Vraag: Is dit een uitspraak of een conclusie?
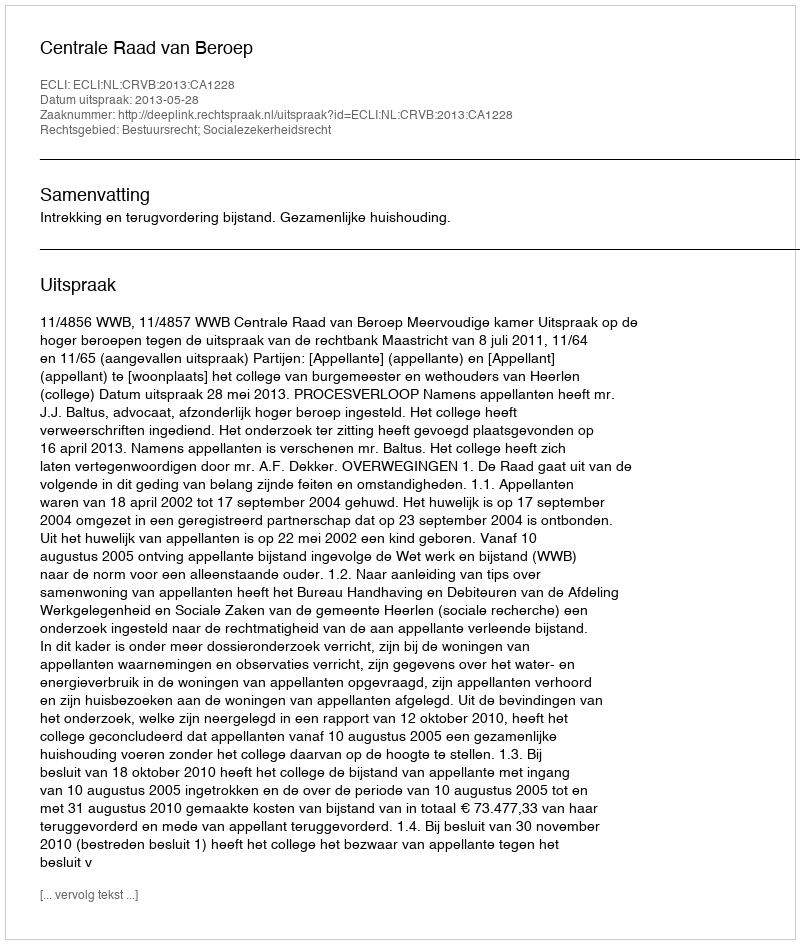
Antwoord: Uitspraak